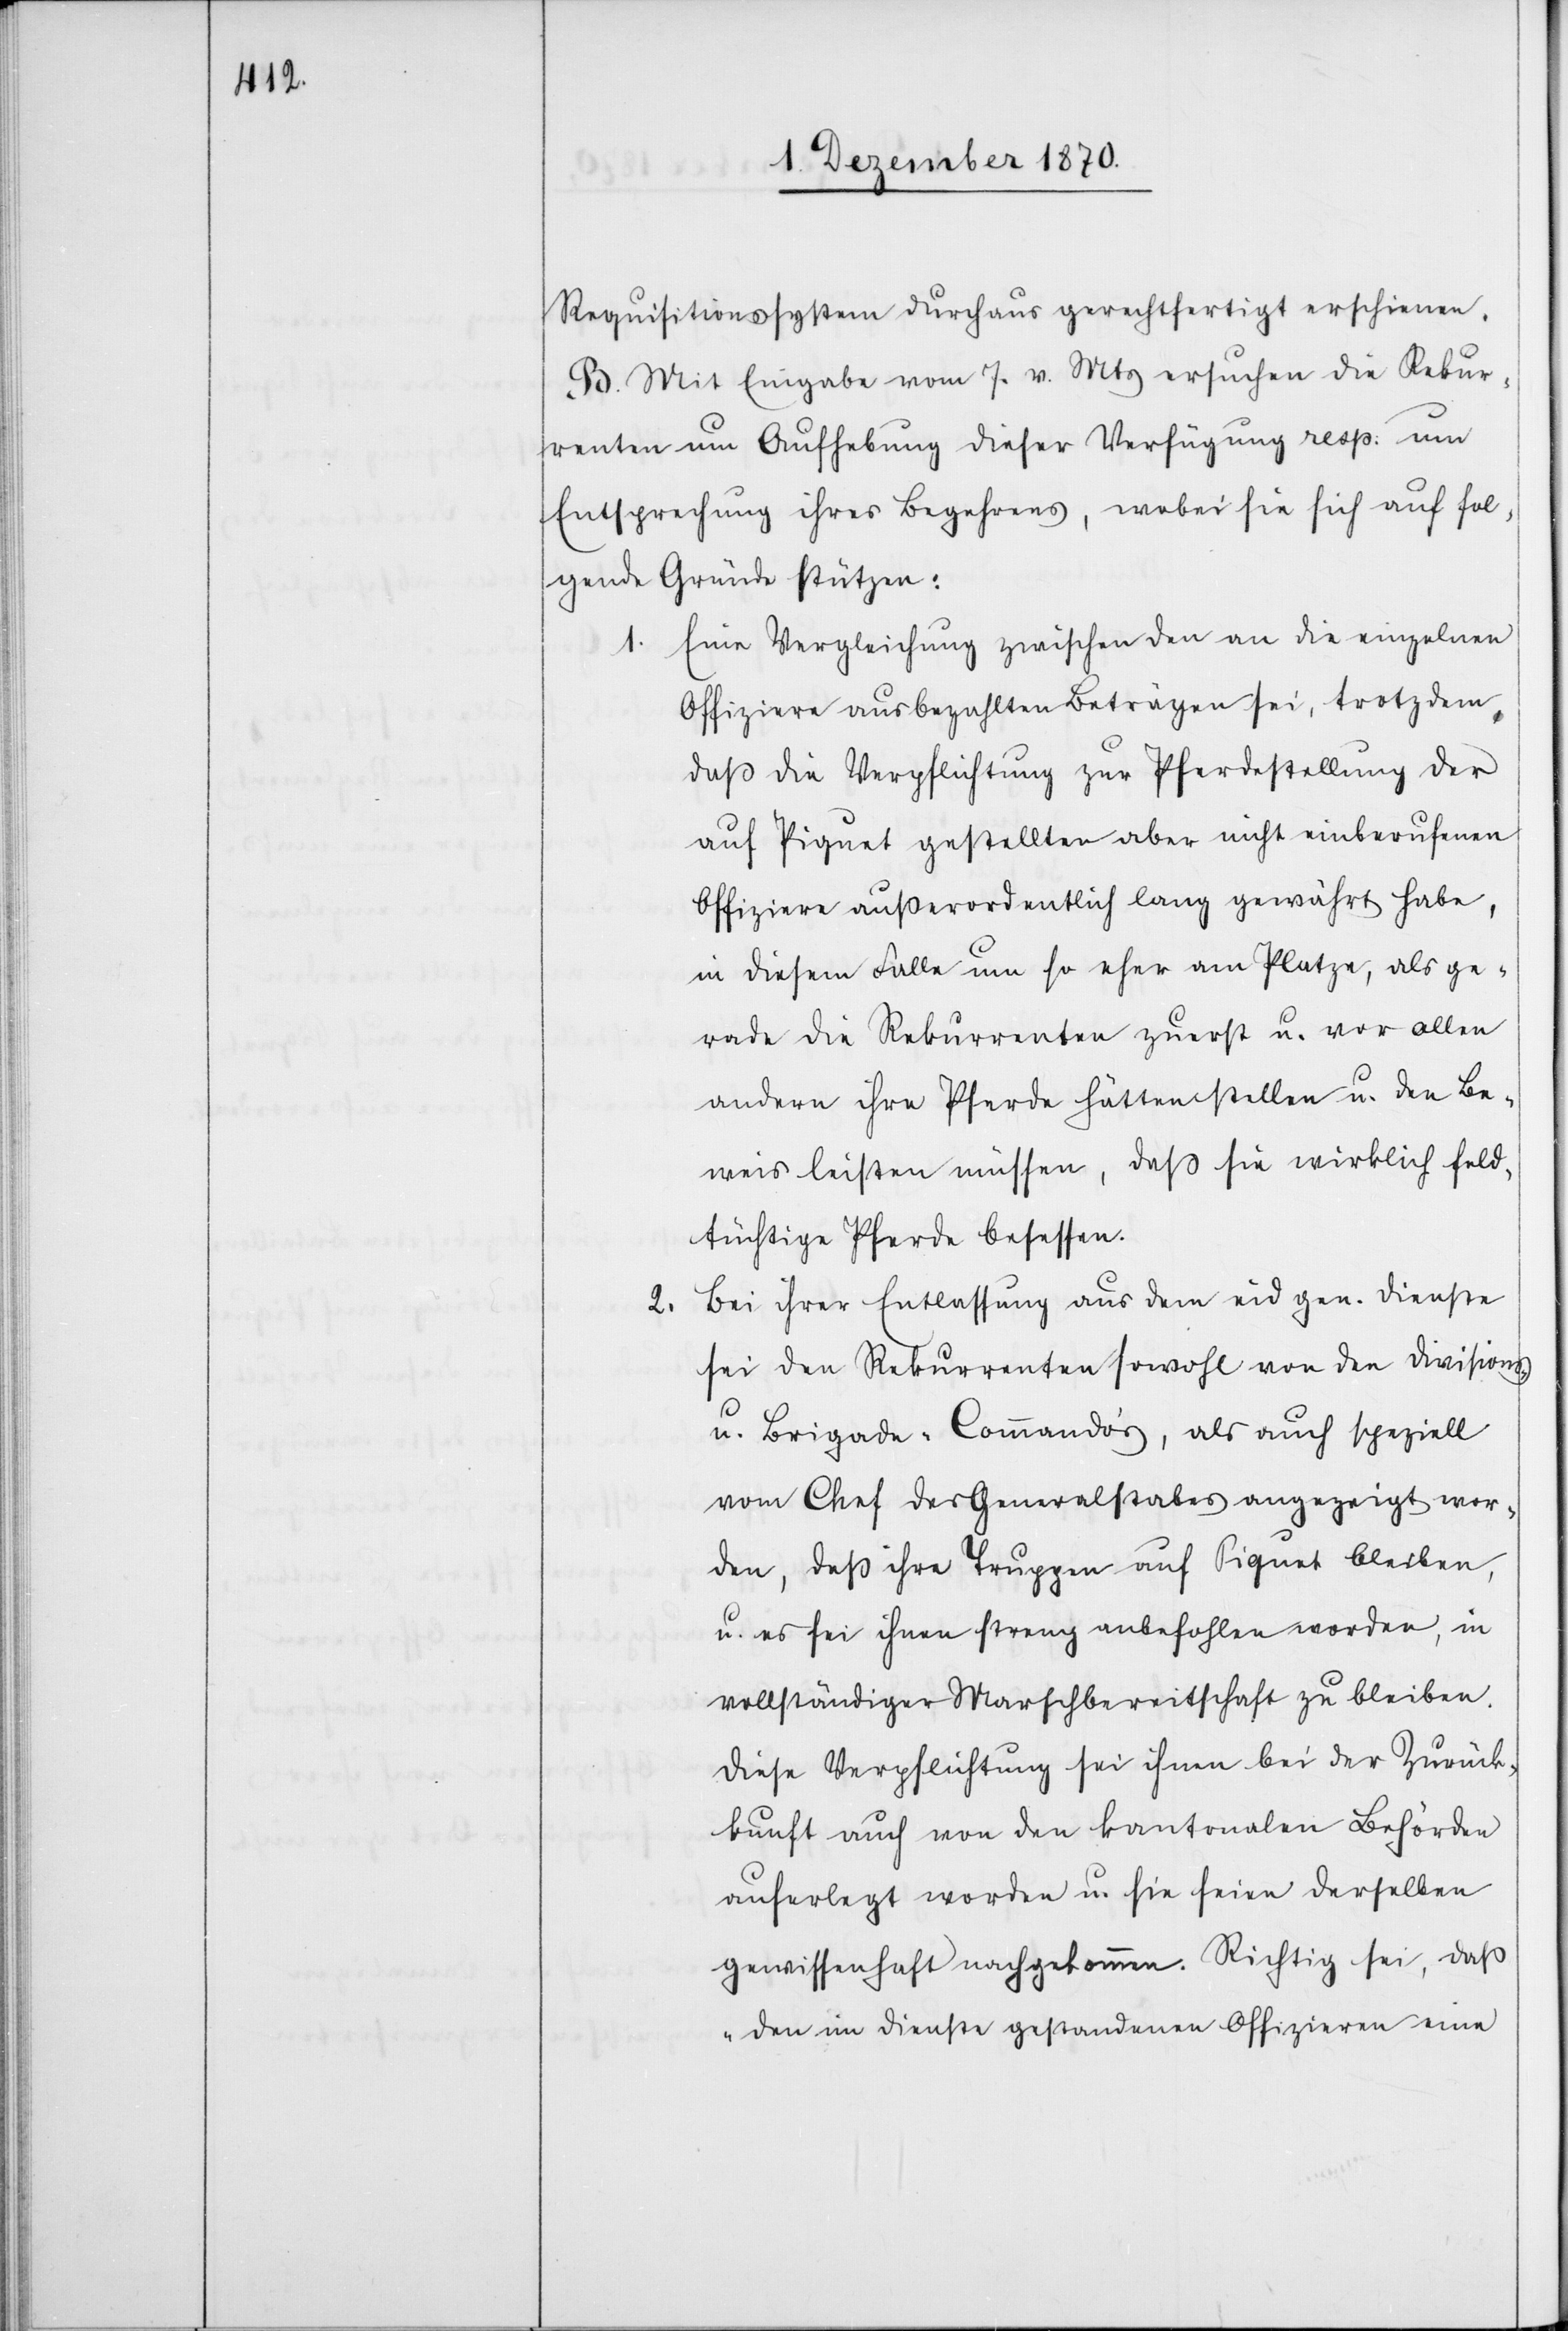
Requisitionssystem durchaus gerechtfertigt erschienen.
B. Mit Eingabe vom 7. v. Mts ersuchen die Rekur¬
renten um Aufhebung dieser Verfügung resp. um
Entsprechung ihres Begehrens, wobei sie sich auf fol¬
gende Gründe stützen:
1. Eine Vergleichung zwischen den an die einzelnen
Offiziere ausbezahlten Beträgen sei, trotzdem,
daß die Verpflichtung zur Pferdestellung der
auf Piquet gestellten aber nicht einberufenen
Offiziere außerordentlich lang gewährt habe,
in diesem Falle um so eher am Platze, als ge¬
rade die Rekurrenten zuerst u. vor allen
andern ihre Pferde hätten stellen u. den Be¬
weis leisten müssen, daß sie wirklich feld¬
tüchtige Pferde besessen.
Bei ihrer Entlassung aus dem eidgen. Dienste
2.
sei den Rekurrenten sowohl von den Divisions-
u. Brigade-Commando’s, als auch speziell
vom Chef des Generalstabes angezeigt wor¬
den, daß ihre Truppen auf Piquet bleiben,
u. es sei ihnen streng anbefohlen worden, in
vollständiger Marschbereitschaft zu bleiben.
Diese Verpflichtung sei ihnen bei der Zurück¬
kunft auch von den kantonalen Behörden
auferlegt worden u. sie seien derselben
gewissenhaft nachgekommen. Richtig sei, daß
„den im Dienste gestandenen Offizieren eine